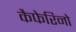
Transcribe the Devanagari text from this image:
कैफेरिनो